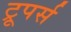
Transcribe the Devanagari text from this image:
ट्रूपर्स